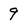
Character: 9